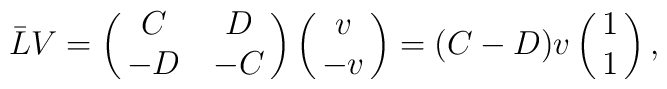
\bar{L}V=\pmatrix{C&D\cr -D&-C\cr}\pmatrix{v\cr -v}=(C-D)v\pmatrix{1\cr 1},